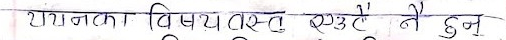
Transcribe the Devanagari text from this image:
रचनाका विषयवस्तु एउटै नै हुन्